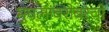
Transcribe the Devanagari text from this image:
मुघलांबरोबरची